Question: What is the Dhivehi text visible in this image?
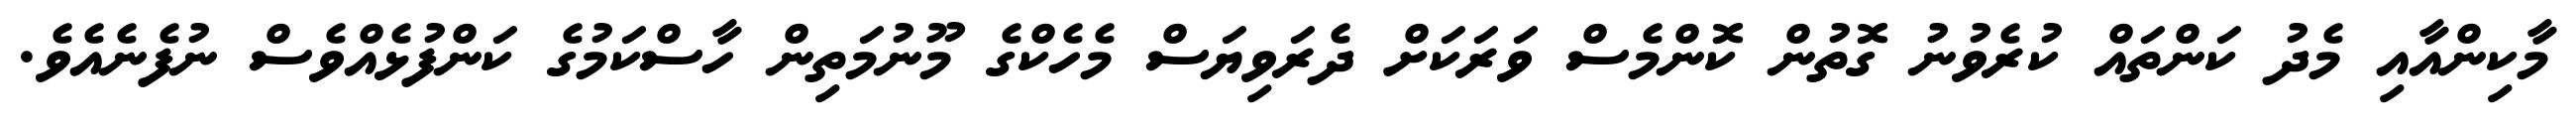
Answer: މާކިންއާއި މެދު ކަންތައް ކުރެވުނު ގޮތުން ކޮންމެސް ވަރަކަށް ދެރަވިޔަސް މެހެކްގެ މޫނުމަތިން ހާސްކަމުގެ ކަންފުޅެއްވެސް ނުފެނެއެވެ.